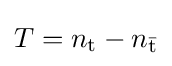
T=n_{\text{t}}-n_{\bar {\text{t}}}